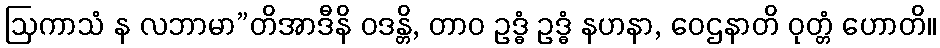
ဩကာသံ န လဘာမာ”တိအာဒီနိ ဝဒန္တိ, တာဝ ဥဒ္ဓံ ဥဒ္ဓံ နဟနာ, ဝေဌနာတိ ဝုတ္တံ ဟောတိ။